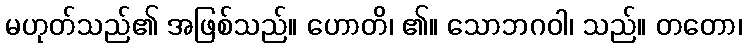
မဟုတ်သည်၏ အဖြစ်သည်။ ဟောတိ၊ ၏။ သောဘဂဝါ၊ သည်။ တတော၊